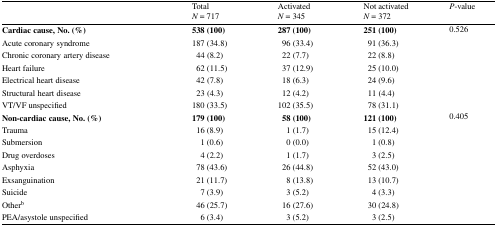
<table><thead><tr><td></td><td><b>Total<i>N</i> = 717</b></td><td><b>Activated<i>N</i> = 345</b></td><td><b>Not activated<i>N</i> = 372</b></td><td><b><i>P</i>-value</b></td></tr></thead><tbody><tr><td><b>Cardiac cause, No. (%)</b></td><td><b>538 (100)</b></td><td><b>287 (100)</b></td><td><b>251 (100)</b></td><td rowspan="7">0.526</td></tr><tr><td> Acute coronary syndrome</td><td>187 (34.8)</td><td> 96 (33.4)</td><td> 91 (36.3)</td></tr><tr><td> Chronic coronary artery disease</td><td> 44 (8.2)</td><td> 22 (7.7)</td><td> 22 (8.8)</td></tr><tr><td> Heart failure</td><td> 62 (11.5)</td><td> 37 (12.9)</td><td> 25 (10.0)</td></tr><tr><td> Electrical heart disease</td><td> 42 (7.8)</td><td> 18 (6.3)</td><td> 24 (9.6)</td></tr><tr><td> Structural heart disease</td><td> 23 (4.3)</td><td> 12 (4.2)</td><td> 11 (4.4)</td></tr><tr><td> VT/VF unspecified</td><td>180 (33.5)</td><td>102 (35.5)</td><td> 78 (31.1)</td></tr><tr><td><b>Non-cardiac cause, No. (%)</b></td><td><b>179 (100)</b></td><td><b> 58 (100)</b></td><td><b>121 (100)</b></td><td rowspan="9">0.405</td></tr><tr><td> Trauma</td><td> 16 (8.9)</td><td>1 (1.7)</td><td> 15 (12.4)</td></tr><tr><td> Submersion</td><td>1 (0.6)</td><td>0 (0.0)</td><td>1 (0.8)</td></tr><tr><td> Drug overdoses</td><td>4 (2.2)</td><td>1 (1.7)</td><td>3 (2.5)</td></tr><tr><td> Asphyxia</td><td> 78 (43.6)</td><td> 26 (44.8)</td><td> 52 (43.0)</td></tr><tr><td> Exsanguination</td><td> 21 (11.7)</td><td>8 (13.8)</td><td> 13 (10.7)</td></tr><tr><td> Suicide</td><td>7 (3.9)</td><td>3 (5.2)</td><td>4 (3.3)</td></tr><tr><td> Other<sup>b</sup></td><td> 46 (25.7)</td><td> 16 (27.6)</td><td> 30 (24.8)</td></tr><tr><td> PEA/asystole unspecified</td><td>6 (3.4)</td><td>3 (5.2)</td><td>3 (2.5)</td></tr></tbody></table>